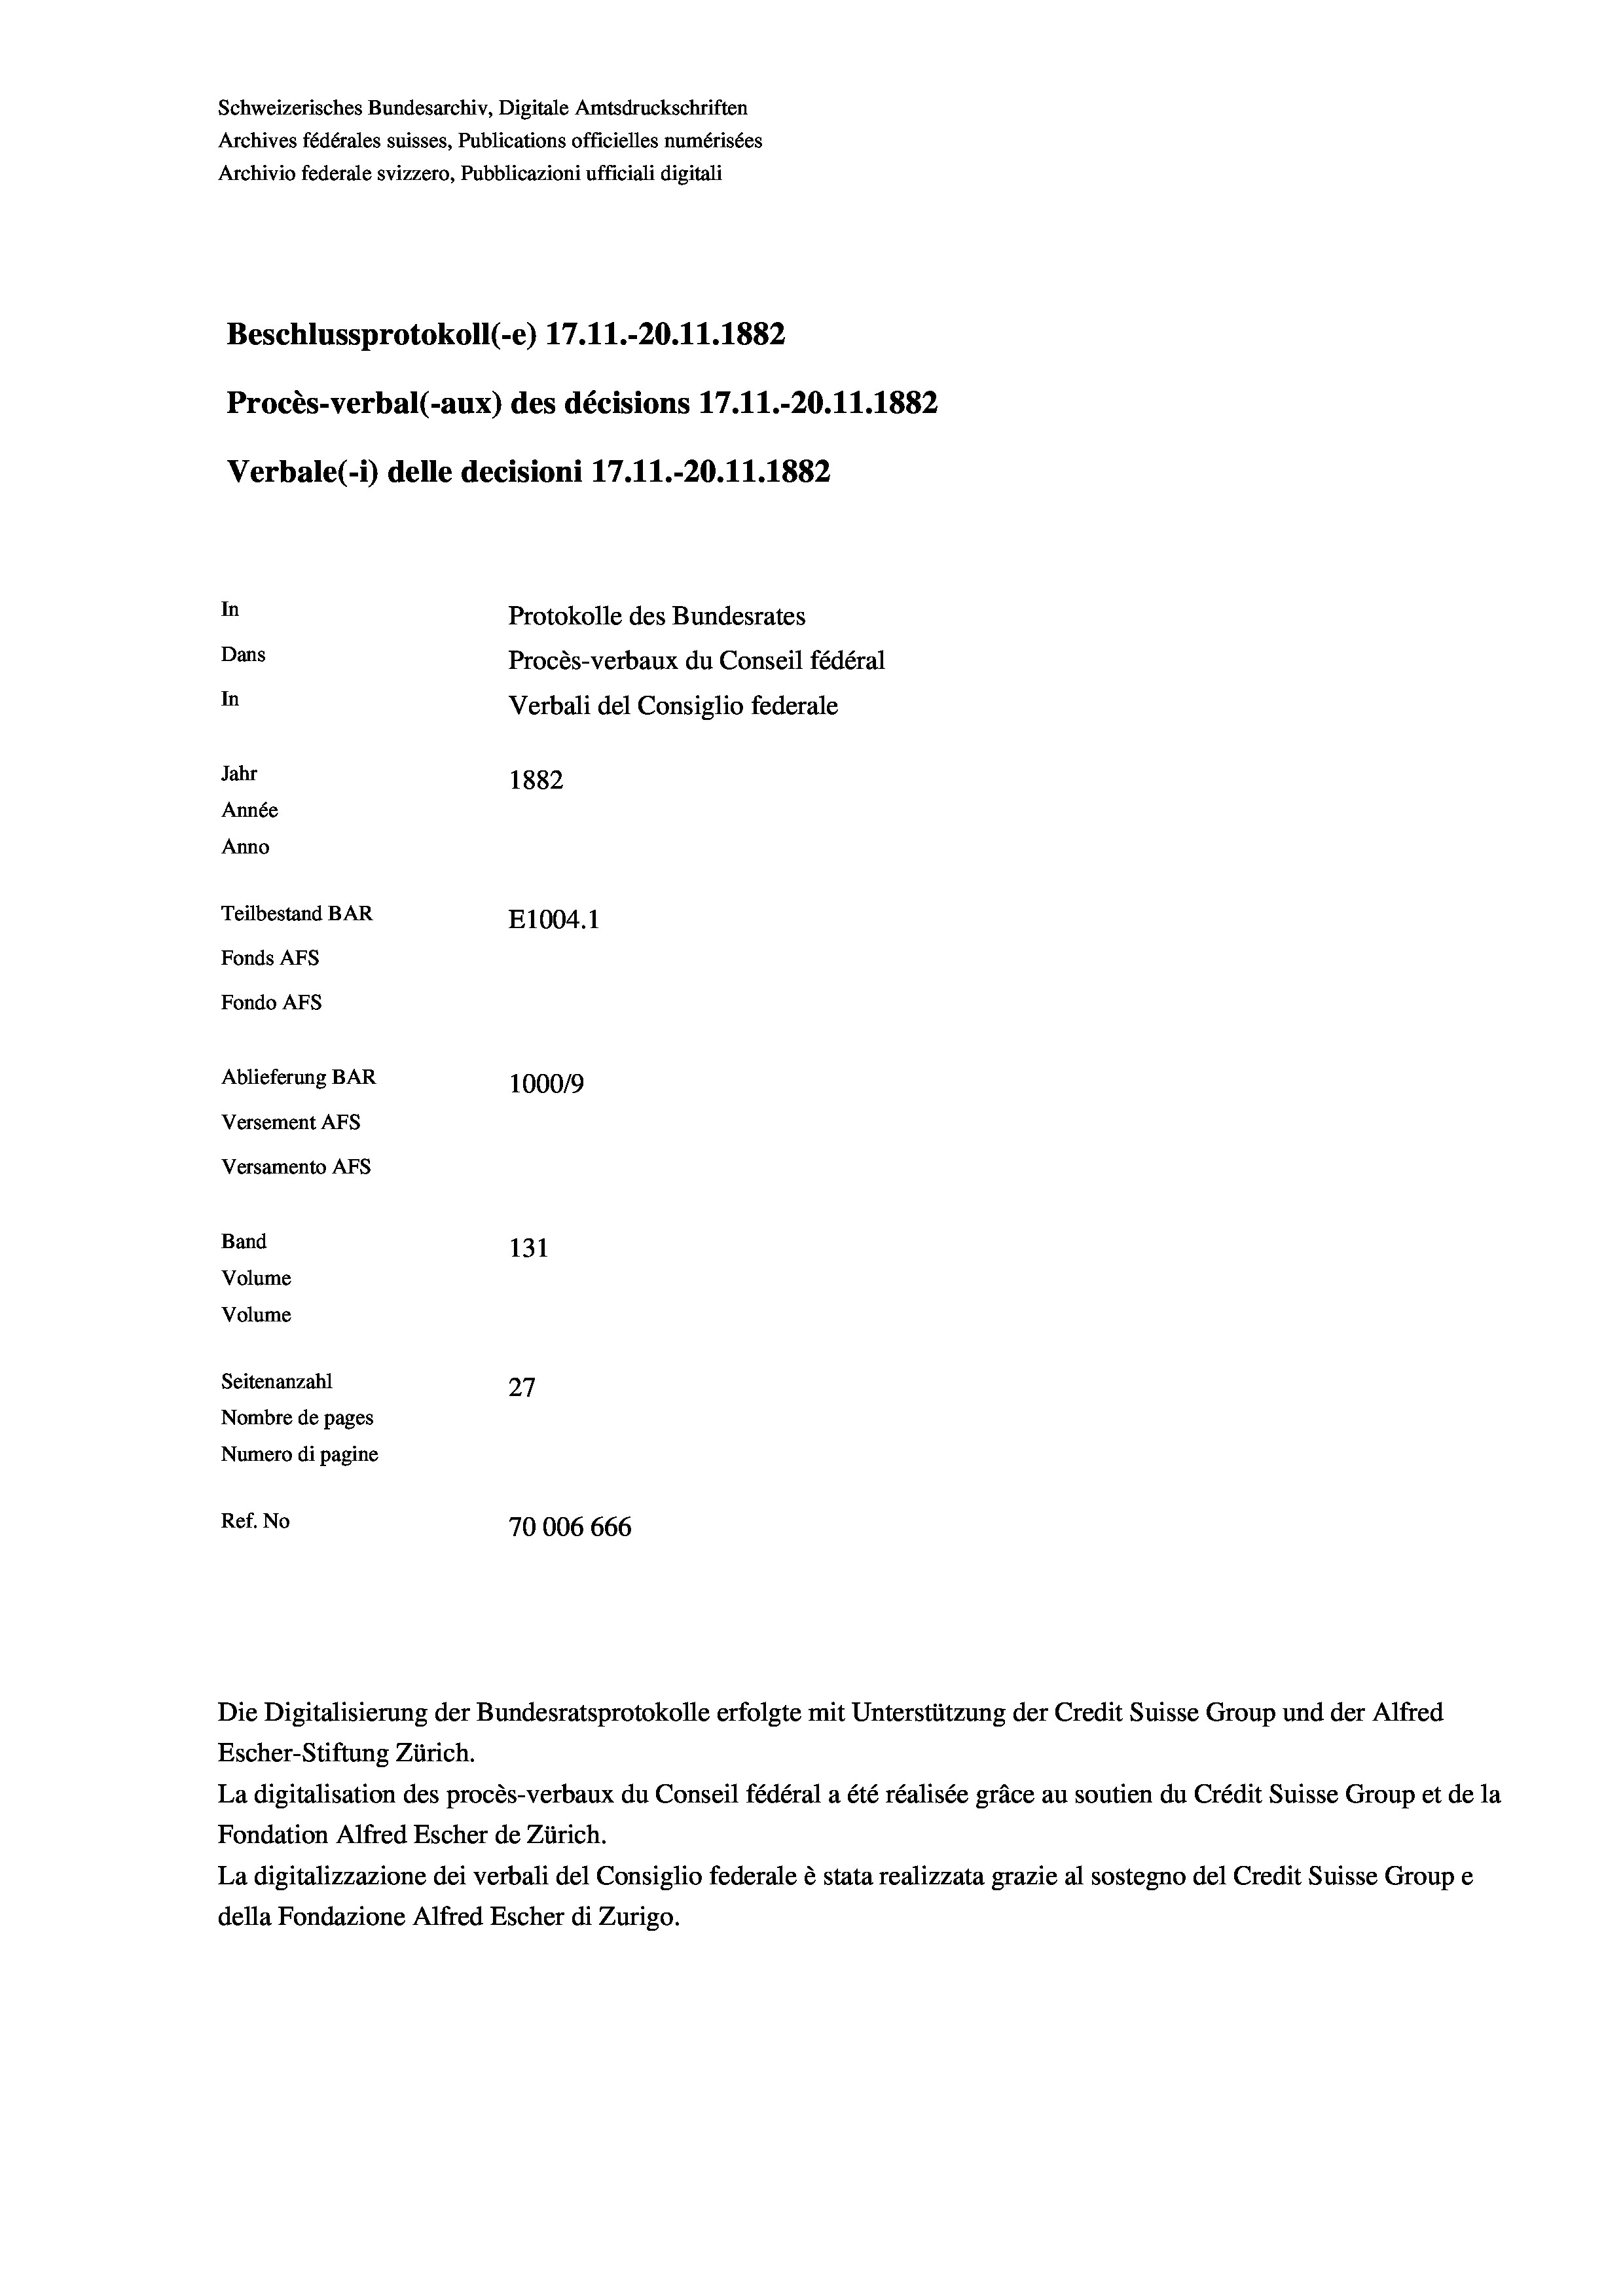
Schweizerisches Bundesarchiv, Digitale Amtsdruckschriften
Archives fédérales suisses, Publications officielles numérisées
Archivio federale svizzero, Pubblicazioni ufficiali digitali
Beschlussprotokoll (-e) 17. 11.-20.11.1882
Procès-verbal (-aux) des décisions 17.11.-20.11.1882
Verbale(-*) delle decisioni 17. 11.-20.11.1882
In
Protokolle des Bundesrates
Dans
Procès-verbaux du Conseil fédéral
In
Verbali del Consiglio federale
Jahr
1882
Année
Anno
Teilbestand BAR
E1004.1
Fonds Afs
Fondo AFS
Ablieferung BAR
100019
Versement Ans
Versamento Afs
Band
131

Volume
Volume
Seitenanzahl
27
Nombre de pages
Numero di pagine
Ref. No
70006 666

Die Digitalisierung der Bundesratsprotokolle erfolgte mit Unterstützung der Credit Suisse Group und der Alfred
Escher-Stiftung Zürich.
La digitalisation des procès-verbaux du Conseil fédéral a été réalisée gräce au soutien du Crédit Suisse Group et de la
Fondation Alfred Escher de Zürich.
La digitalizzazione dei verbali del Consiglio federale è stata realizzata grazie al sostegno del Credit Suisse Groupe
della Fondazione Alfred Escher di Zurigo.